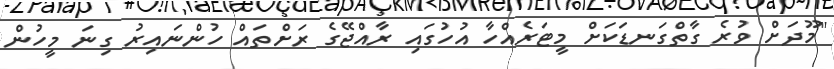
"މޫދަށް ވުރެ ގާތްގަނޑަކަށް މީޓަރެއްހާ އުހުގައި ރާއްޖޭގެ ރަށްތައް ހުންނައިރު ގިނަ މީހުން